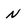
Character: N